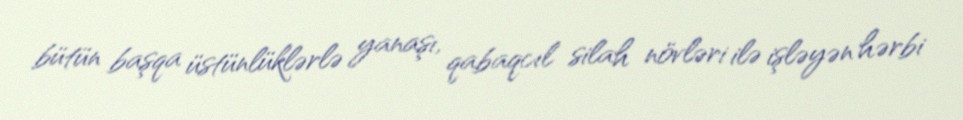
bütün başqa üstünlüklərlə yanaşı, qabaqcıl silah növləri ilə işləyən hərbi